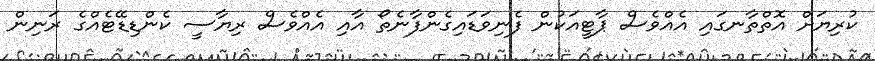
ކުރިޔަށް އޮތްތާނގައި އެއްވެސް ޕާޓީއަކުން ފެނިވަޑައިގެންފާނެތޯ އާއި އެއްވެސް ރިޔާސީ ކެންޑިޑޭޓެއްގެ ރަނިން